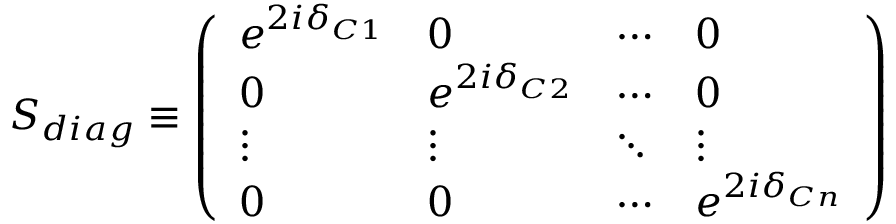
S _ { d i a g } \equiv \left( \begin{array} { l l l l } { { e ^ { 2 i \delta _ { C 1 } } } } & { { 0 } } & { { \cdots } } & { { 0 } } \\ { { 0 } } & { { e ^ { 2 i \delta _ { C 2 } } } } & { { \cdots } } & { { 0 } } \\ { { \vdots } } & { { \vdots } } & { { \ddots } } & { { \vdots } } \\ { { 0 } } & { { 0 } } & { { \cdots } } & { { e ^ { 2 i \delta _ { C n } } } } \end{array} \right)